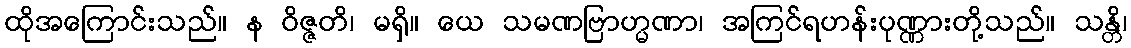
ထိုအကြောင်းသည်။ န ဝိဇ္ဇတိ၊ မရှိ။ ယေ သမဏဗြာဟ္မဏာ၊ အကြင်ရဟန်းပုဏ္ဏားတို့သည်။ သန္တိ၊